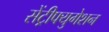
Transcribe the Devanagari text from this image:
सेंट्रीफ्युगेशन